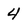
Character: 4